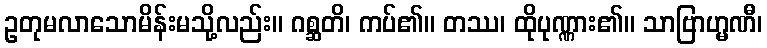
ဥတုမလာသောမိန်းမသို့လည်း။ ဂစ္ဆတိ၊ ကပ်၏။ တဿ၊ ထိုပုဏ္ဏား၏။ သာဗြာဟ္မဏီ၊